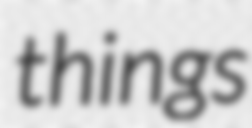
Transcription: things